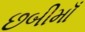
છબીમાઁ